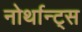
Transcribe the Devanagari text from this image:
नोर्थान्ट्स